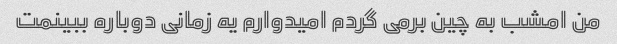
من امشب به چین برمی گردم امیدوارم یه زمانی دوباره ببینمت